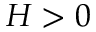
H > 0